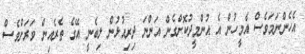
އެހެންނަމަވެސް އެމީހުން އެ އުންމީދުކޮށްގެން އަންނަ ދިރިއުޅުން ލިބެނީ އޭގެ ތެރެއިން ވަރަށްވެސް